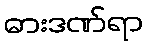
ဓားဒဏ်ရာ